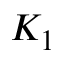
K _ { 1 }